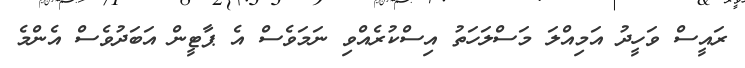
ރައީސް ވަހީދު އަމިއްލަ މަސްލަހަތު އިސްކުރެއްވި ނަމަވެސް އެ ޕާޓީން އަބަދުވެސް އެންމެ